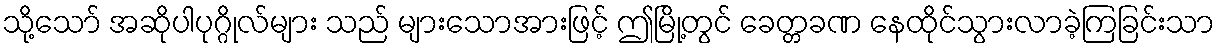
သို့သော် အဆိုပါပုဂ္ဂိုလ်များ သည် များသောအားဖြင့် ဤမြို့တွင် ခေတ္တခဏ နေထိုင်သွားလာခဲ့ကြခြင်းသာ